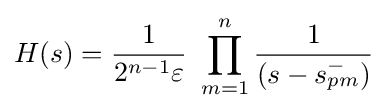
H(s)={\frac {1}{2^{n-1}\varepsilon }}\ \prod _{m=1}^{n}{\frac {1}{(s-s_{pm}^{-})}}